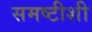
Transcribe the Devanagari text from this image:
समष्टीशी